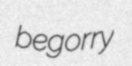
begorry